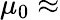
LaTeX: \mu_{0}\approx